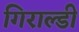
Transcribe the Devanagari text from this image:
गिराल्डी